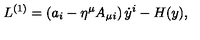
L ^ { ( 1 ) } = \left( a _ { i } - \eta ^ { \mu } A _ { \mu i } \right) { \dot { y } } ^ { i } - H ( y ) ,